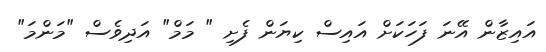
އައިޒާން އޭނަ ފަހަކަށް އައިސް ކިޔަން ފެށި " މަމް" އަދިވެސް "މަންމަ"